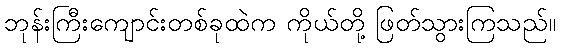
ဘုန်းကြီးကျောင်းတစ်ခုထဲက ကိုယ်တို့ ဖြတ်သွားကြသည်။